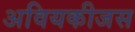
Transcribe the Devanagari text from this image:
अवियकीजस